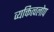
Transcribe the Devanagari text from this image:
व्यक्तित्वलोप